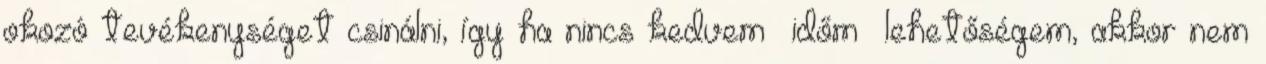
okozó tevékenységet csinálni, így ha nincs kedvem időm lehetőségem, akkor nem